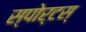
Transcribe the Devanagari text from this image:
स्पोर्टस्‌